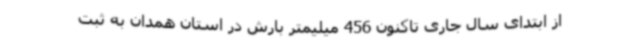
از ابتدای سال جاری تاکنون 456 میلیمتر بارش در استان همدان به ثبت